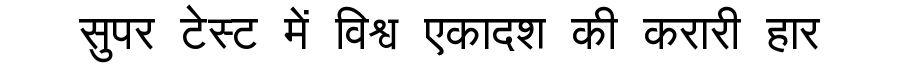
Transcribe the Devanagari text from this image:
सुपर टेस्ट में विश्व एकादश की करारी हार